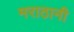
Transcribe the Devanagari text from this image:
मराठानी